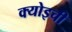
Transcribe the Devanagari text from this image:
क्योइची